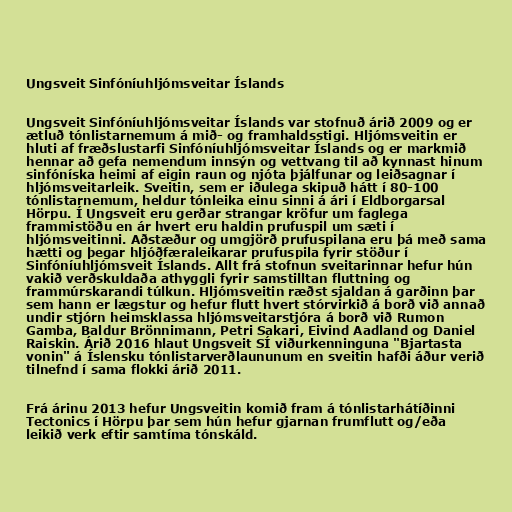
Ungsveit Sinfóníuhljómsveitar Íslands

Ungsveit Sinfóníuhljómsveitar Íslands var stofnuð árið 2009 og er
ætluð tónlistarnemum á mið- og framhaldsstigi. Hljómsveitin er
hluti af fræðslustarfi Sinfóníuhljómsveitar Íslands og er markmið
hennar að gefa nemendum innsýn og vettvang til að kynnast hinum
sinfóníska heimi af eigin raun og njóta þjálfunar og leiðsagnar í
hljómsveitarleik. Sveitin, sem er iðulega skipuð hátt í 80-100
tónlistarnemum, heldur tónleika einu sinni á ári í Eldborgarsal
Hörpu. Í Ungsveit eru gerðar strangar kröfur um faglega
frammistöðu en ár hvert eru haldin prufuspil um sæti í
hljómsveitinni. Aðstæður og umgjörð prufuspilana eru þá með sama
hætti og þegar hljóðfæraleikarar prufuspila fyrir stöður í
Sinfóníuhljómsveit Íslands. Allt frá stofnun sveitarinnar hefur hún
vakið verðskuldaða athyggli fyrir samstilltan fluttning og
frammúrskarandi túlkun. Hljómsveitin ræðst sjaldan á garðinn þar
sem hann er lægstur og hefur flutt hvert stórvirkið á borð við annað
undir stjórn heimsklassa hljómsveitarstjóra á borð við Rumon
Gamba, Baldur Brönnimann, Petri Sakari, Eivind Aadland og Daniel
Raiskin. Árið 2016 hlaut Ungsveit SÍ viðurkenninguna "Bjartasta
vonin" á Íslensku tónlistarverðlaununum en sveitin hafði áður verið
tilnefnd í sama flokki árið 2011.

Frá árinu 2013 hefur Ungsveitin komið fram á tónlistarhátíðinni
Tectonics í Hörpu þar sem hún hefur gjarnan frumflutt og/eða
leikið verk eftir samtíma tónskáld.